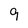
Character: 9